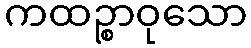
ကထဉ္စာဝုသော